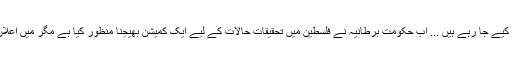
مسلمان، ان کی عورتیں اور بچّے بھیڑ بکریوں کی طرح ذبح کیے جا رہے ہیں ... اب حکومتِ برطانیہ نے فلسطین میں تحقیقاتِ حالات کے لیے ایک کمیشن بھیجنا منظور کیا ہے مگر میں اعلان کر دینا چاہتا ہوں کہ مسلمانوں کو اس پر کوئی اعتماد نہیں۔